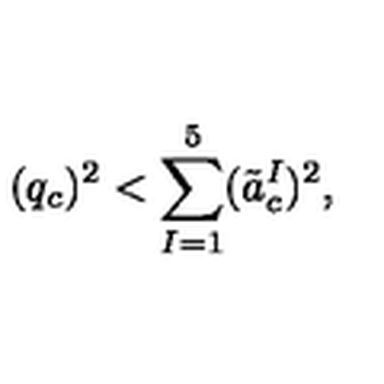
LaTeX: ( q _ { c } ) ^ { 2 } < \sum _ { I = 1 } ^ { 5 } ( \tilde { a } _ { c } ^ { I } ) ^ { 2 } ,